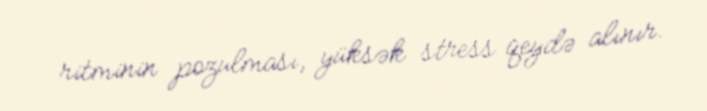
ritminin pozulması, yüksək stress qeydə alınır.